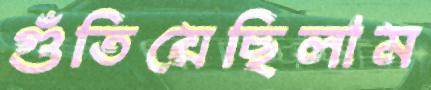
গুঁতিয়েছিলাম